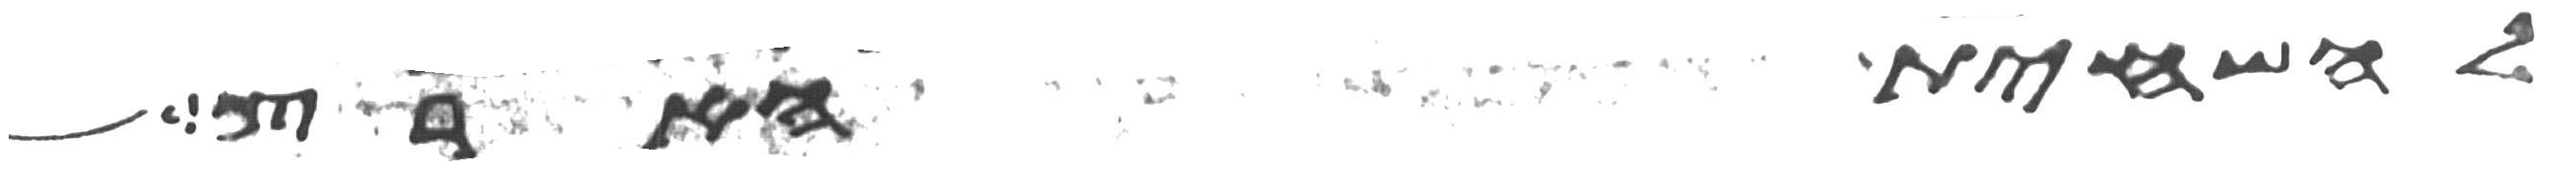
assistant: להשחית הארץ